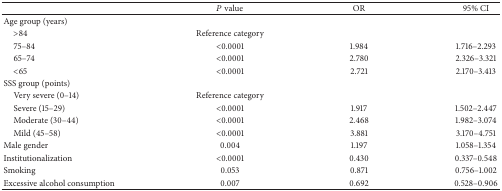
<table><thead><tr><td><b> </b></td><td><b><i>P</i> value</b></td><td><b>OR</b></td><td><b>95% CI</b></td></tr></thead><tbody><tr><td>Age group (years)</td><td> </td><td> </td><td> </td></tr><tr><td> &gt;84</td><td>Reference category</td><td> </td><td> </td></tr><tr><td> 75–84</td><td>&lt;0.0001</td><td>1.984</td><td>1.716–2.293</td></tr><tr><td> 65–74</td><td>&lt;0.0001</td><td>2.780</td><td>2.326–3.321</td></tr><tr><td> &lt;65</td><td>&lt;0.0001</td><td>2.721</td><td>2.170–3.413</td></tr><tr><td>SSS group (points)</td><td> </td><td> </td><td> </td></tr><tr><td> Very severe (0–14)</td><td>Reference category</td><td> </td><td> </td></tr><tr><td> Severe (15–29)</td><td>&lt;0.0001</td><td>1.917</td><td>1.502–2.447</td></tr><tr><td> Moderate (30–44)</td><td>&lt;0.0001</td><td>2.468</td><td>1.982–3.074</td></tr><tr><td> Mild (45–58)</td><td>&lt;0.0001</td><td>3.881</td><td>3.170–4.751</td></tr><tr><td>Male gender</td><td>0.004</td><td>1.197</td><td>1.058–1.354</td></tr><tr><td>Institutionalization</td><td>&lt;0.0001</td><td>0.430</td><td>0.337–0.548</td></tr><tr><td>Smoking</td><td>0.053</td><td>0.871</td><td>0.756–1.002</td></tr><tr><td>Excessive alcohol consumption</td><td>0.007</td><td>0.692</td><td>0.528–0.906</td></tr></tbody></table>